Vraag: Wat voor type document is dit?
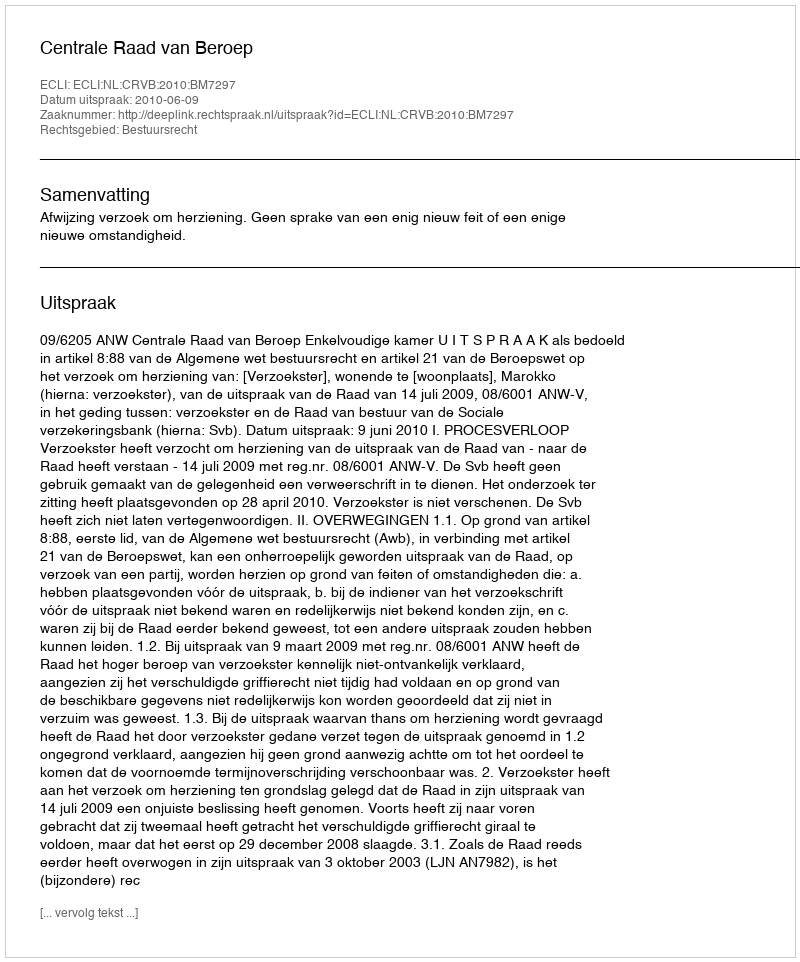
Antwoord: Uitspraak